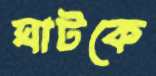
ঘাটকে